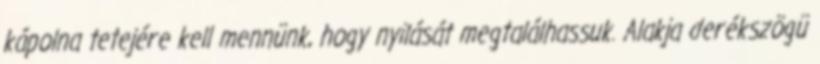
kápolna tetejére kell mennünk, hogy nyilását megtalálhassuk. Alakja derékszögü